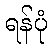
ရန်ပုံ